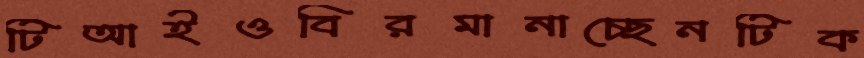
টিআইওবিরমানাচ্ছেনটিক